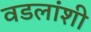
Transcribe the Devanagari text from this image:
वडलांशी